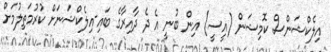
އިލެކްޝަންސް ކޮމިޝަން (އީސީ) އިން ބުނީ އެ ދެ ދާއިރާގެ ބައި-އިލެކްޝަނަށް ކުރުމަތިލުމަށް